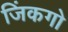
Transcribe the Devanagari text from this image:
जिंकगो